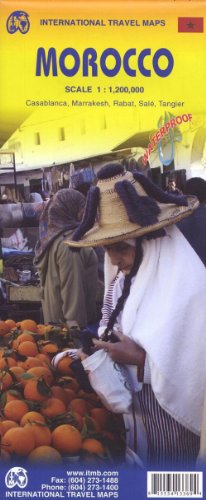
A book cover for Morocco 1:1 200 000 Include inset of Casablanca, Marrakesh, Rabat, Sale, Tangier; International Travel maps; Travel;